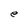
Character: e